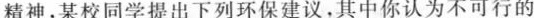
精神，某校同学提出下列环保建议，其中你认为不可行的